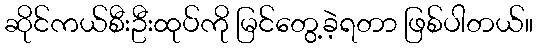
ဆိုင်ကယ်စီးဦးထုပ်ကို မြင်တွေ့ခဲ့ရတာ ဖြစ်ပါတယ်။